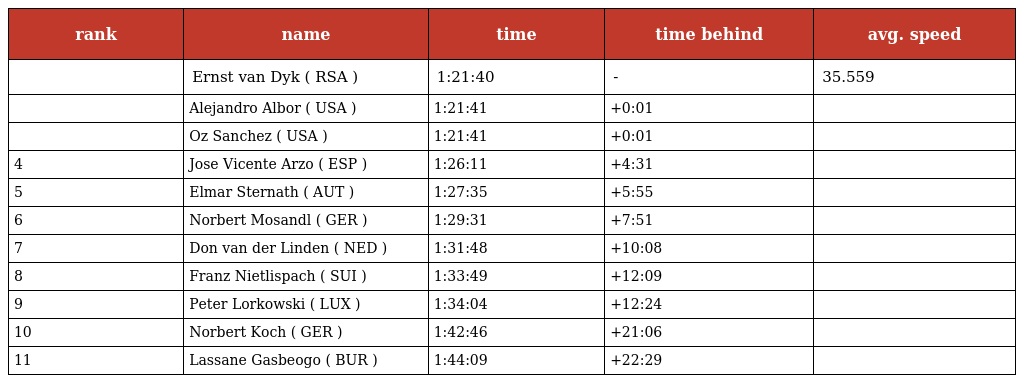
| rank | name | time | time behind | avg. speed |
 | --- | --- | --- | --- | --- |
 |  | Ernst van Dyk ( RSA ) | 1:21:40 | - | 35.559 |
 |  | Alejandro Albor ( USA ) | 1:21:41 | +0:01 |  |
 |  | Oz Sanchez ( USA ) | 1:21:41 | +0:01 |  |
 | 4 | Jose Vicente Arzo ( ESP ) | 1:26:11 | +4:31 |  |
 | 5 | Elmar Sternath ( AUT ) | 1:27:35 | +5:55 |  |
 | 6 | Norbert Mosandl ( GER ) | 1:29:31 | +7:51 |  |
 | 7 | Don van der Linden ( NED ) | 1:31:48 | +10:08 |  |
 | 8 | Franz Nietlispach ( SUI ) | 1:33:49 | +12:09 |  |
 | 9 | Peter Lorkowski ( LUX ) | 1:34:04 | +12:24 |  |
 | 10 | Norbert Koch ( GER ) | 1:42:46 | +21:06 |  |
 | 11 | Lassane Gasbeogo ( BUR ) | 1:44:09 | +22:29 |  |